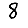
Digit: 8